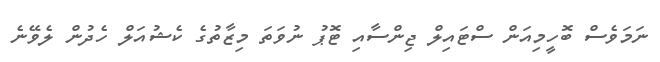
ނަމަވެސް ބޮހީމިއަން ސްޓައިލް ޖިންސާއި ޓޮޕު ނުވަތަ މިޒާތުގެ ކެޝުއަލް ހެދުން ލެވޭނެ